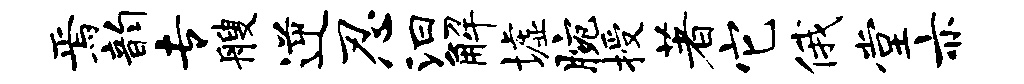
焉韵专艘逆忍汩解墟腕授著它俄堂亦